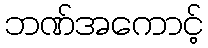
ဘဏ်အကောင့်